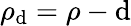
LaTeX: \rho_{\mathrm{d}}=\rho-\mathrm{d}